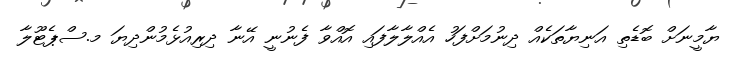
ޔާމީނަށް ބޮޑެތި އަނިޔާތަކެއް ދިނުމަށްފަހު އެއްލާލާފައި އޮއްވާ ފެނުނީ އޭނާ ދިރިއުޅެމުންދިޔަ މ.ސްޕެޓޫލާ